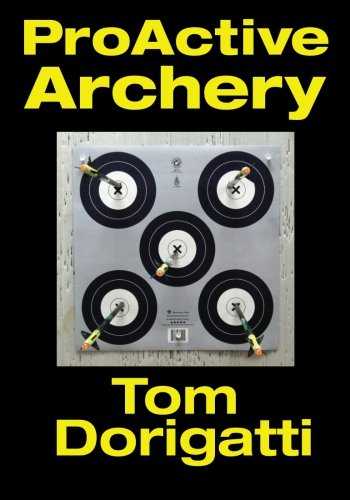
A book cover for ProActive Archery; Tom Dorigatti; Sports & Outdoors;